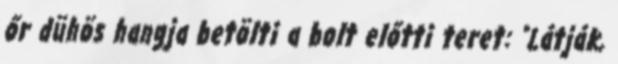
őr dühös hangja betölti a bolt előtti teret: "Látják,